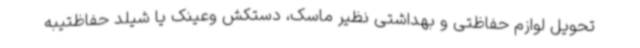
تحویل لوازم حفاظتی و بهداشتی نظیر ماسک، دستکش وعینک یا شیلد حفاظتیبه